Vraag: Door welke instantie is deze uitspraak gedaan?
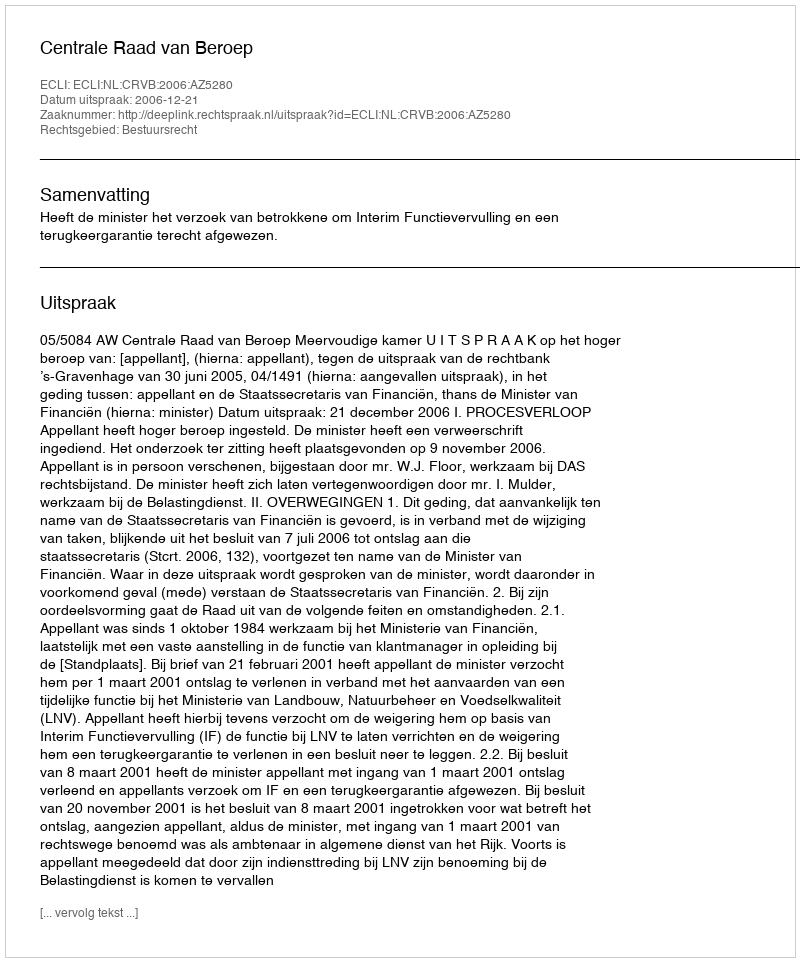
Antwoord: Centrale Raad van Beroep